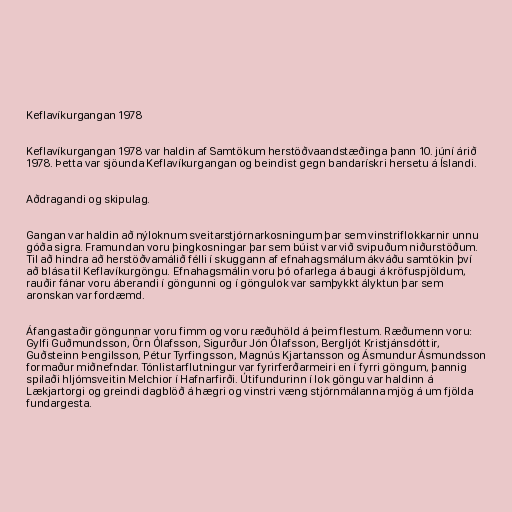
Keflavíkurgangan 1978

Keflavíkurgangan 1978 var haldin af Samtökum herstöðvaandstæðinga þann 10. júní árið
1978. Þetta var sjöunda Keflavíkurgangan og beindist gegn bandarískri hersetu á Íslandi.

Aðdragandi og skipulag.

Gangan var haldin að nýloknum sveitarstjórnarkosningum þar sem vinstriflokkarnir unnu
góða sigra. Framundan voru þingkosningar þar sem búist var við svipuðum niðurstöðum.
Til að hindra að herstöðvamálið félli í skuggann af efnahagsmálum ákváðu samtökin því
að blása til Keflavíkurgöngu. Efnahagsmálin voru þó ofarlega á baugi á kröfuspjöldum,
rauðir fánar voru áberandi í göngunni og í göngulok var samþykkt ályktun þar sem
aronskan var fordæmd.

Áfangastaðir göngunnar voru fimm og voru ræðuhöld á þeim flestum. Ræðumenn voru:
Gylfi Guðmundsson, Örn Ólafsson, Sigurður Jón Ólafsson, Bergljót Kristjánsdóttir,
Guðsteinn Þengilsson, Pétur Tyrfingsson, Magnús Kjartansson og Ásmundur Ásmundsson
formaður miðnefndar. Tónlistarflutningur var fyrirferðarmeiri en í fyrri göngum, þannig
spilaði hljómsveitin Melchior í Hafnarfirði. Útifundurinn í lok göngu var haldinn á
Lækjartorgi og greindi dagblöð á hægri og vinstri væng stjórnmálanna mjög á um fjölda
fundargesta.